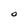
Character: O